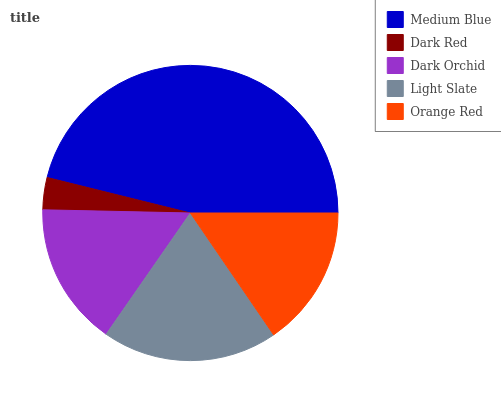
| Medium Blue | Dark Red | Dark Orchid | Light Slate | Orange Red |
 | --- | --- | --- | --- | --- |
 | 46.1% | 3.51% | 15.7% | 19.2% | 15.5% |